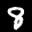
Label: 8